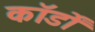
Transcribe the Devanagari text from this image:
कॉर्डों